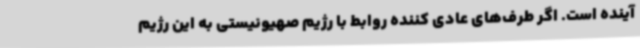
آینده است. اگر طرف‌های عادی کننده روابط با رژیم صهیونیستی به این رژیم